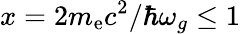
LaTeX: x=2m_{\mathrm{e}}c^{2}/\hbar\omega_{g}\leq 1